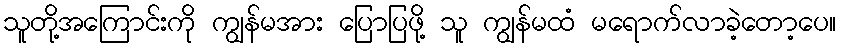
သူတို့အကြောင်းကို ကျွန်မအား ပြောပြဖို့ သူ ကျွန်မထံ မရောက်လာခဲ့တော့ပေ။